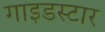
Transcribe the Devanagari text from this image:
गाइडस्टार